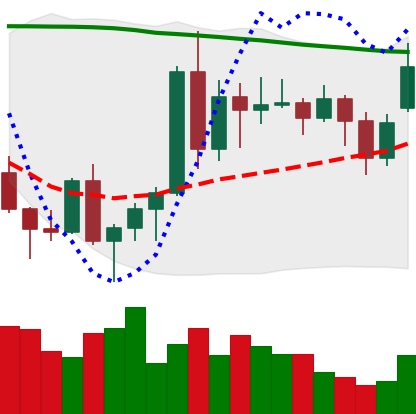
Ticker: ADA-USD
Chart end date: 2020-11-17
Forward return: 32.08%
Label: up_7plus